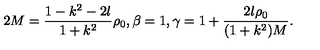
2 M = \frac { 1 - k ^ { 2 } - 2 l } { 1 + k ^ { 2 } } \rho _ { 0 } , \beta = 1 , \gamma = 1 + \frac { 2 l \rho _ { 0 } } { ( 1 + k ^ { 2 } ) M } .